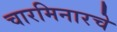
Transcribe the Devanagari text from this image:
चारमिनारचे